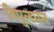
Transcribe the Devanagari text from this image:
विपुलधन